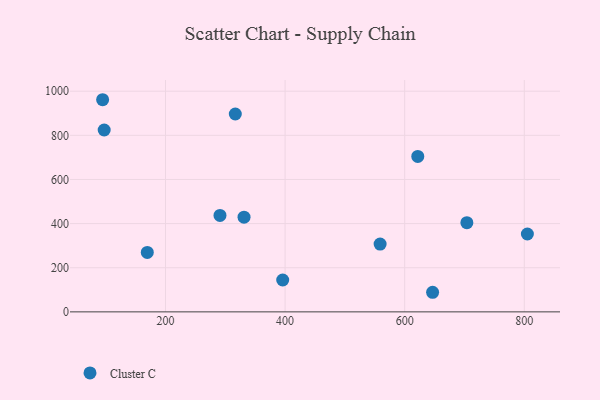
{"axis": {"x": "Study Hours", "y": "Profit"}, "legend": ["Cluster C"], "data": [{"x": "331.3", "y": 429.2, "type": "Cluster C"}, {"x": "805.2", "y": 353.0, "type": "Cluster C"}, {"x": "621.9", "y": 704.5, "type": "Cluster C"}, {"x": "704.0", "y": 404.3, "type": "Cluster C"}, {"x": "558.9", "y": 307.2, "type": "Cluster C"}, {"x": "291.1", "y": 436.9, "type": "Cluster C"}, {"x": "646.7", "y": 88.8, "type": "Cluster C"}, {"x": "169.5", "y": 269.3, "type": "Cluster C"}, {"x": "94.8", "y": 961.4, "type": "Cluster C"}, {"x": "97.4", "y": 824.2, "type": "Cluster C"}, {"x": "396.0", "y": 144.4, "type": "Cluster C"}, {"x": "316.7", "y": 896.7, "type": "Cluster C"}]}